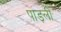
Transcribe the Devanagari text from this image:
पाड़ली